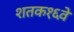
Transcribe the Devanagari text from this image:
शतक१६वे